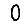
Digit: 0